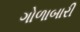
ગોળાબારી